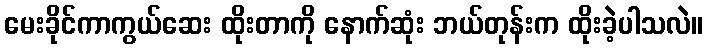
မေးခိုင်ကာကွယ်ဆေး ထိုးတာကို နောက်ဆုံး ဘယ်တုန်းက ထိုးခဲ့ပါသလဲ။